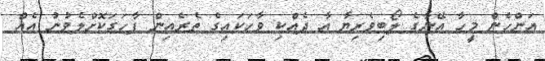
އަންހެން މީހާ އޭނާގެ ލޯބިވެރިޔާ އާ ދެއްކި ވާހަކައިގެ ތެރެއިން ފާހަގަކޮށްލެވުނު އެއް